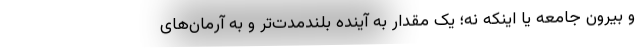
و بیرون جامعه یا اینکه نه؛ یک مقدار به آینده بلندمدت‌تر و به آرمان‌های